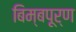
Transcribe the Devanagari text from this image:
बिम्बपूर्ण